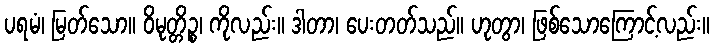
ပရမံ၊ မြတ်သော။ ဝိမုတ္တိဉ္စ၊ ကိုလည်း။ ဒါတာ၊ ပေးတတ်သည်။ ဟုတွာ၊ ဖြစ်သောကြောင့်လည်း။